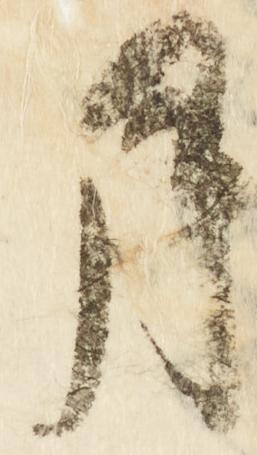
月